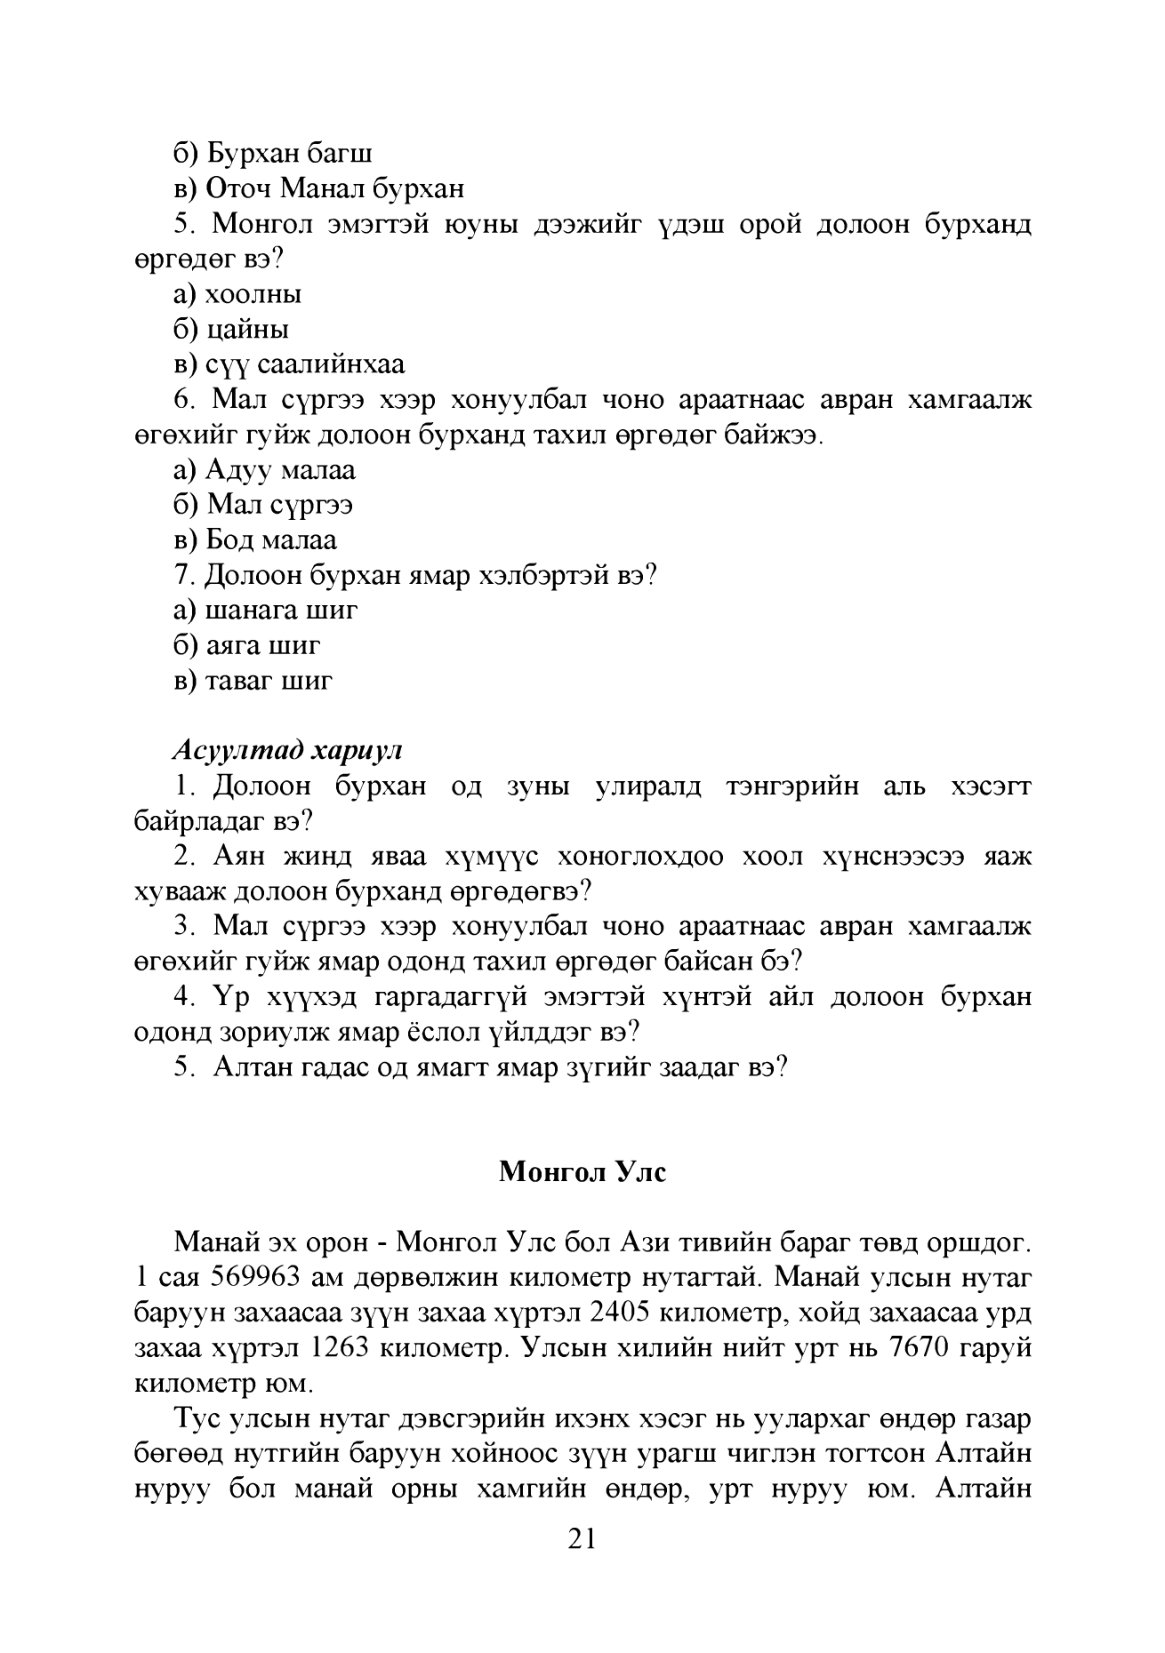
Language: mn